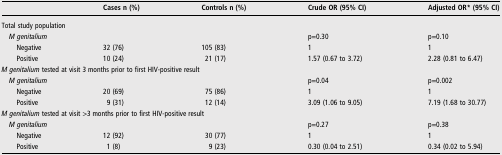
<table><thead><tr><td></td><td><b>Cases n (%)</b></td><td><b>Controls n (%)</b></td><td><b>Crude OR (95% CI)</b></td><td><b>Adjusted OR* (95% CI)</b></td></tr></thead><tbody><tr><td colspan="5">Total study population</td></tr><tr><td colspan="2"> <i>M genitalium</i></td><td></td><td>p=0.30</td><td>p=0.10</td></tr><tr><td>Negative</td><td>32 (76)</td><td>105 (83)</td><td>1</td><td>1</td></tr><tr><td>Positive</td><td>10 (24)</td><td>21 (17)</td><td>1.57 (0.67 to 3.72)</td><td>2.28 (0.81 to 6.47)</td></tr><tr><td colspan="5"><i>M genitalium</i> tested at visit 3 months prior to first HIV-positive result</td></tr><tr><td colspan="2"> <i>M genitalium</i></td><td></td><td>p=0.04</td><td>p=0.002</td></tr><tr><td>Negative</td><td>20 (69)</td><td>75 (86)</td><td>1</td><td>1</td></tr><tr><td>Positive</td><td>9 (31)</td><td>12 (14)</td><td>3.09 (1.06 to 9.05)</td><td>7.19 (1.68 to 30.77)</td></tr><tr><td colspan="5"><i>M genitalium</i> tested at visit &gt;3 months prior to first HIV-positive result</td></tr><tr><td colspan="2"> <i>M genitalium</i></td><td></td><td>p=0.27</td><td>p=0.38</td></tr><tr><td>Negative</td><td>12 (92)</td><td>30 (77)</td><td>1</td><td>1</td></tr><tr><td>Positive</td><td>1 (8)</td><td>9 (23)</td><td>0.30 (0.04 to 2.51)</td><td>0.34 (0.02 to 5.94)</td></tr></tbody></table>